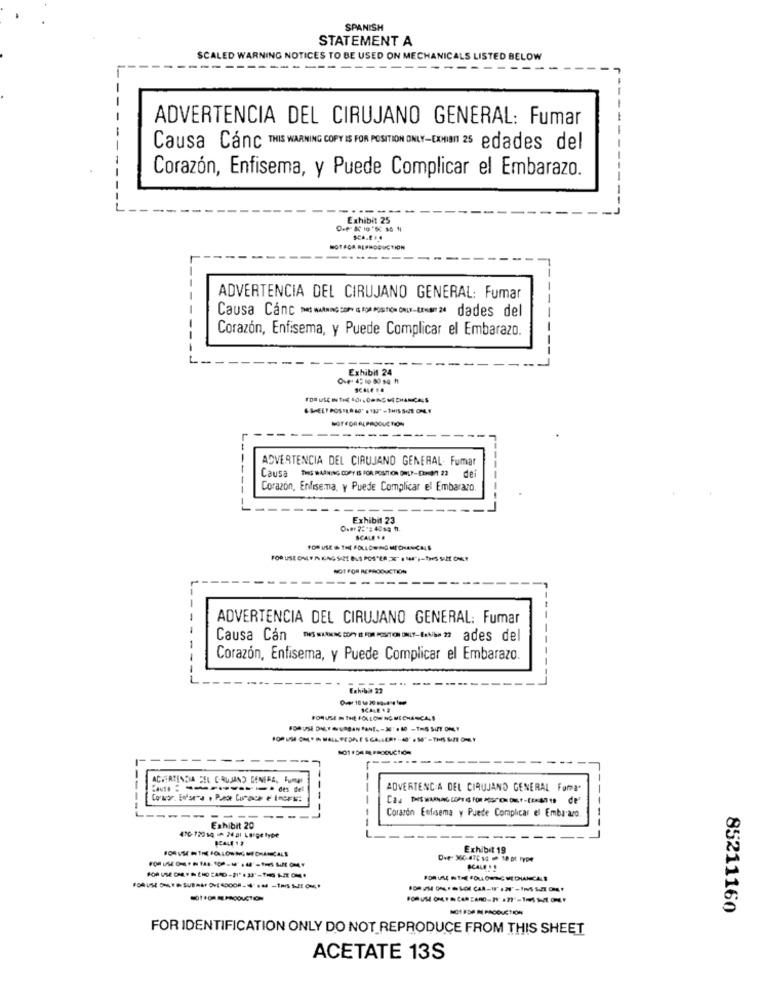
SPANISH
STATEMENT A
SCALED WARNING NOTICES TO BE USED ON MECHANICALS LISTED BELOW
---
ADVERTENCIA DEL CIRUJANO GENERAL: Fumar
Causa Canc THIS WARNING COPY IS FOR POSITION ONLY-EXHIBIT 25 edades del
Corazón, Enfisema, y Puede Complicar el Embarazo.
Exhibit 25
POTECA REPRODUCTION
ADVERTENCIA DEL CIRUJANO GENERAL: Fumar
Causa Cânc > MANG com og Ap Posti our-tra 2% dades del
Corazón, Enfisema, y Puede Complicar el Embarazo.
Exhibit 24
Ove: 45 10 80 50 1
&BEEF POSTER W' s VAI" - THIS SITE ONLY
NOTFOR ACPRODUCTION
------
--
ADVERTENCIA DEL CIRUJANO GENERAL. Fumar
Corazón, Enfisema, y Puede Complicar el Embarazo
Exhibit 23
SCALE ..
NOT FOR REPRODUCTION
--
ADVERTENCIA DEL CIRUJANO GENERAL: Fumar
Causa Cán
- -- - - -- -- >22 ades del
Corazón, Enfisema, y Puede Complicar el Embarazo.
FORUSE m THE FOLLOW NO MECHANICALS
NOT FDA ME PRODUCTION
ACHIATENDIA SEL CIRUJANO GENERA, Fumar
ADVERTENCIA DEL CIRUJANO GENERAL Foma.
--
Corazón Enfisema y Puede Complicar el Embarazo
--
Exhibit 20
470- 729 14 * 24 01 Large type
Exhibit 19
SCALE "1
85211160
FOR IDENTIFICATION ONLY DO NOT REPRODUCE FROM THIS SHEET
ACETATE 13S